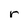
Character: r